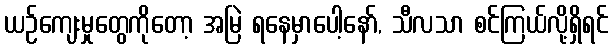
ယဉ်ကျေးမှုတွေကိုတော့ အမြဲ ရနေမှာပေါ့နော်, သီလသာ စင်ကြယ်လို့ရှိရင်